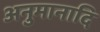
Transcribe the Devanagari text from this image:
अनुमानादि